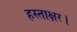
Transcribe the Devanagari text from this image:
हस्ताक्षर।